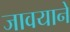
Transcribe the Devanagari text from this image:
जावयाने